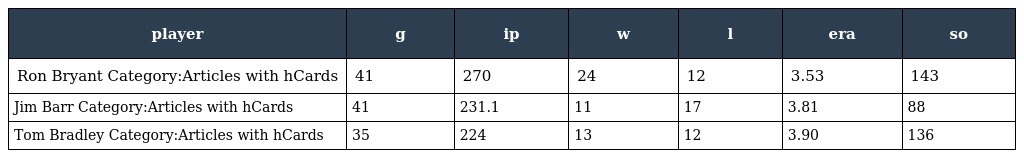
| player | g | ip | w | l | era | so |
 | --- | --- | --- | --- | --- | --- | --- |
 | Ron Bryant Category:Articles with hCards | 41 | 270 | 24 | 12 | 3.53 | 143 |
 | Jim Barr Category:Articles with hCards | 41 | 231.1 | 11 | 17 | 3.81 | 88 |
 | Tom Bradley Category:Articles with hCards | 35 | 224 | 13 | 12 | 3.90 | 136 |